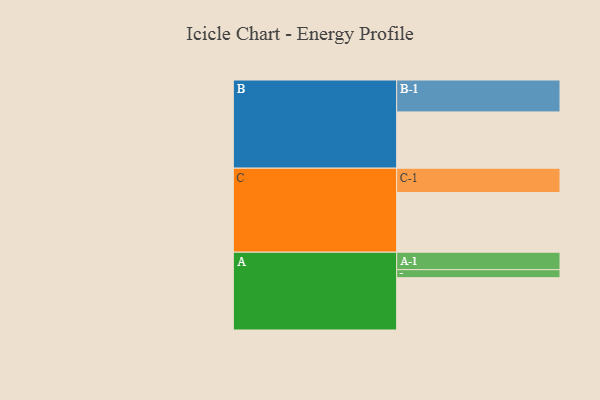
{"axis": {"x": "Segment", "y": "Value"}, "legend": ["", "A", "B", "C"], "data": [{"x": "A", "y": 488, "type": ""}, {"x": "B", "y": 525, "type": ""}, {"x": "C", "y": 557, "type": ""}, {"x": "A-1", "y": 163, "type": "A"}, {"x": "A-2", "y": 75, "type": "A"}, {"x": "B-1", "y": 298, "type": "B"}, {"x": "C-1", "y": 227, "type": "C"}]}